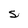
Character: S